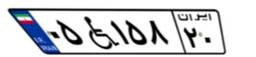
۰۵W۱۵۸۲۰